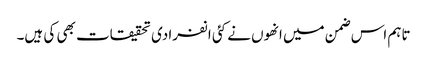
تاہم اس ضمن میں انھوں نے کئی انفرادی تحقیقات بھی کی ہیں۔